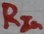
Text: RIn